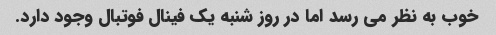
خوب به نظر می رسد اما در روز شنبه یک فینال فوتبال وجود دارد.